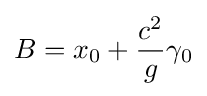
B=x_{0}+{\frac {c^{2}}{g}}\gamma _{0}